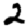
Digit: 2